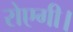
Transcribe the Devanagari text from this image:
रोएगी।